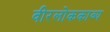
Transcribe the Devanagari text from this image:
वीरलोककाव्य